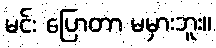
မင်း ပြောတာ မမှားဘူး။